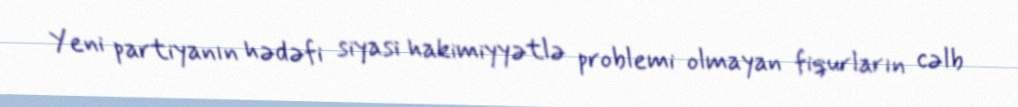
Yeni partiyanın hədəfi siyasi hakimiyyətlə problemi olmayan fiqurların cəlb